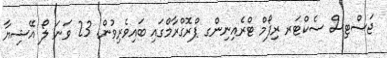
ޖަސްޓިސް ސެކްޓަރ ރިފޯމް ޓްރެއިނިންގ ޕްރޮގްރާމްގައި ބައިވެރިވުން. 23 ވަނަ ލޯ އޭޝިޔާ